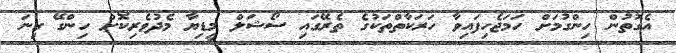
އެގޮތުން ހިންގުމަށް ހަމަޖެހިފައިވާ ހަރަކާތްތަކުގެ ތެރޭގައި ސޯޝަލް މީޑިޔާ މެދުވެރިކޮށް ހިންގޭ ގިނަ